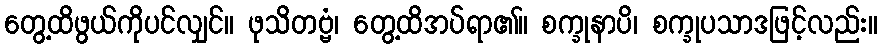
တွေ့ထိဖွယ်ကိုပင်လျှင်။ ဖုသိတဗ္ဗံ၊ တွေ့ထိအပ်ရာ၏။ စက္ခုနာပိ၊ စက္ခုပသာဒဖြင့်လည်း။